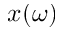
x ( \omega )